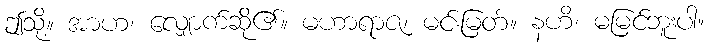
ဤသို့။ အာဟ၊ လျှောက်ဆို၏။ မဟာရာဇ၊ မင်းမြတ်။ နဟိ၊ မမြင်ဘူးပါ။